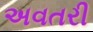
અવતરી